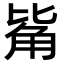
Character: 𧣅